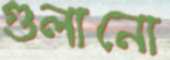
গুলানো